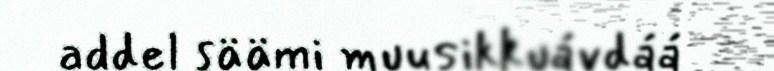
addel säämi muusikkuávdáá